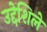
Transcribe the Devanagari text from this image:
उद्देशिले